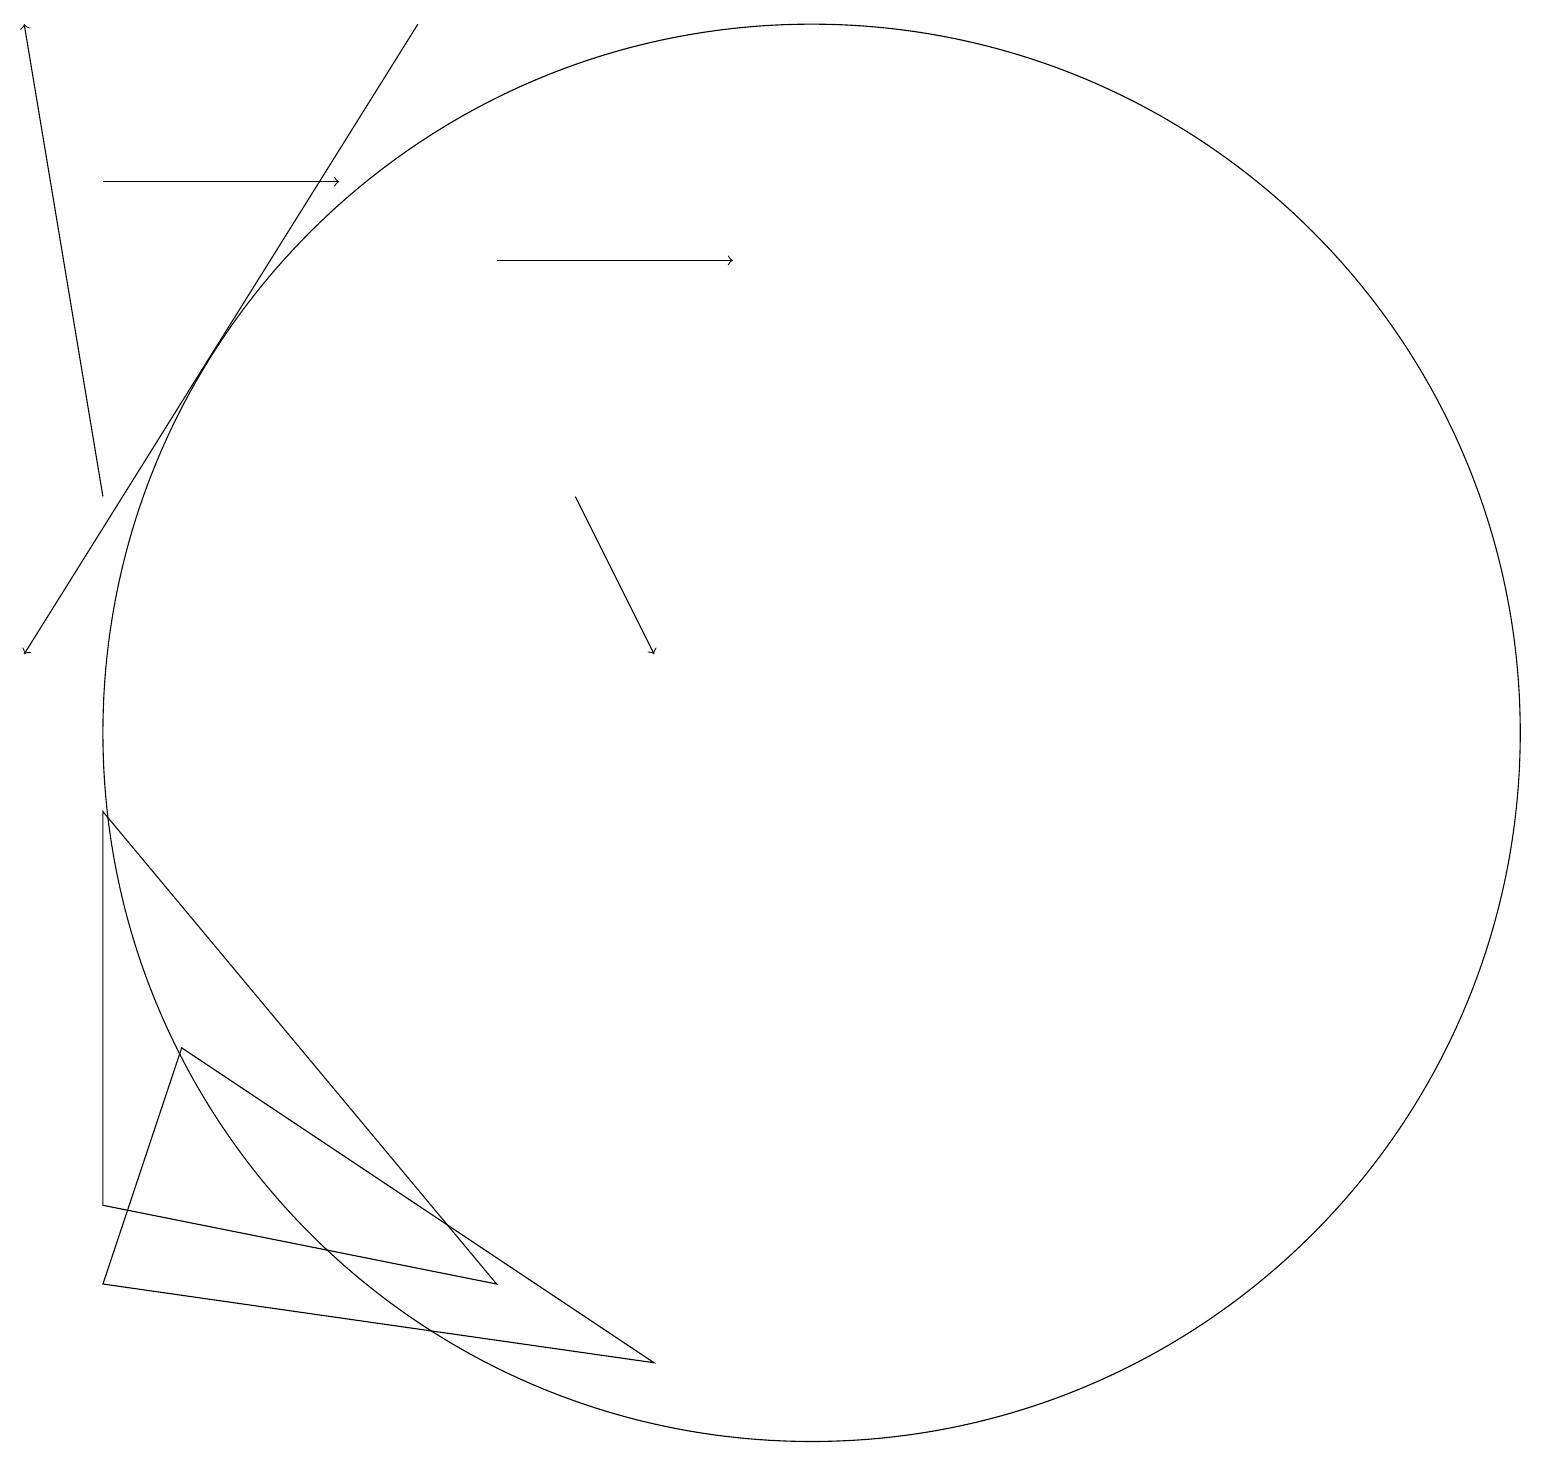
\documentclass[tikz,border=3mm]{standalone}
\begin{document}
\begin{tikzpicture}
\draw[->] (5,19) -- (0,11);
\draw (2,6) -- (1,3) -- (8,2) -- cycle;
\draw (1,9) -- (6,3) -- (1,4) -- cycle;
\draw[->] (1,13) -- (0,19);
\draw[->] (6,16) -- (9,16);
\draw[->] (1,17) -- (4,17);
\draw[->] (7,13) -- (8,11);
\draw (10,10) circle (9);
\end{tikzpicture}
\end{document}